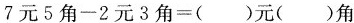
$$7 元 5 角 - 2 元 3 角 = ( ) 元 ( ) 角$$